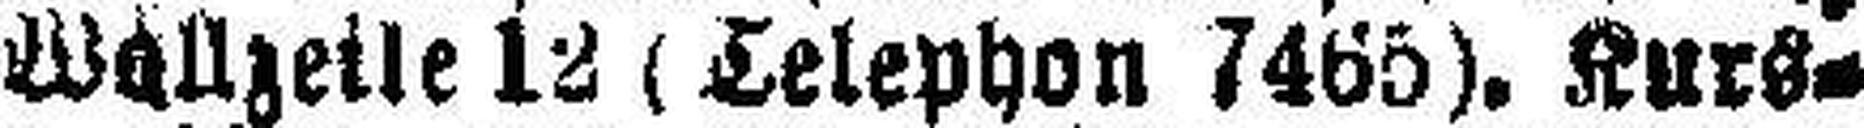
Wollzeile 12 (Telephon 7465). Kurs=